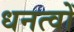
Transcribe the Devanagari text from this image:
धनत्वों